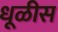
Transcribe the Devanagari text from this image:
धूळीस